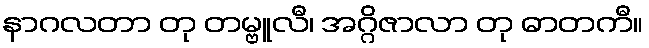
နာဂလတာ တု တမ္ဗူလီ၊ အဂ္ဂိဇာလာ တု ဓာတကီ။